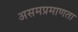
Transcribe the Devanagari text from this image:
असमप्रमाणता